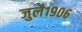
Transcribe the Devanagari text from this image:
जुलै१९०६